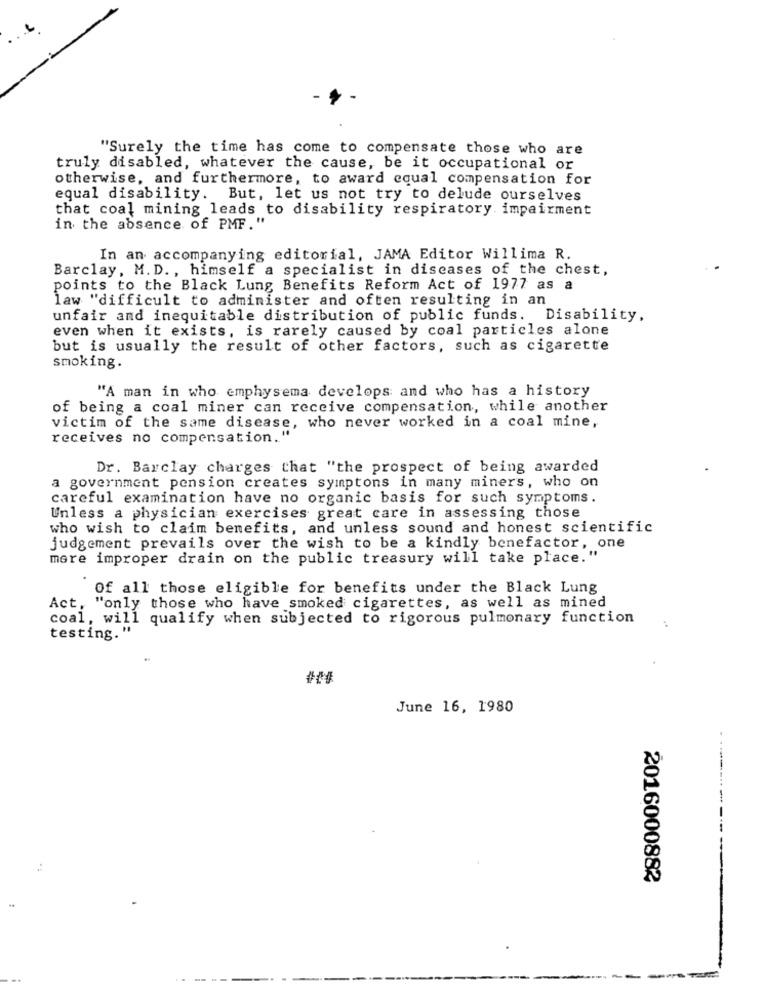
"Surely the time has come to compensate those who are
truly disabled, whatever the cause, be it occupational or
otherwise, and furthermore, to award equal compensation for
equal disability. But, let us not try to delude ourselves
that coal mining leads to disability respiratory impairment
in the absence of PMF."
In an accompanying editorial, JAMA Editor Willima R.
Barclay, M. D ., himself a specialist in diseases of the chest,
points to the Black Lung Benefits Reform Act of 1977 as a
law "difficult to administer and often resulting in an
unfair and inequitable distribution of public funds. Disability,
even when it exists, is rarely caused by coal particles alone
but is usually the result of other factors, such as cigarette
smoking.
"A man in who emphysema develops and who has a history
of being a coal miner can receive compensation, while another
victim of the same disease, who never worked in a coal mine,
receives no compensation.""
Dr. Barclay charges that "the prospect of being awarded
a government pension creates symptons in many miners, who on
careful examination have no organic basis for such symptoms.
Unless a physician exercises great care in assessing those
who wish to claim benefits, and unless sound and honest scientific
judgement prevails over the wish to be a kindly benefactor, one
mere improper drain on the public treasury will take place."
Of all those eligible for benefits under the Black Lung
Act, "only those who have smoked cigarettes, as well as mined
coal, will qualify when subjected to rigorous pulmonary function
testing."
:
June 16, 1980
2016000882